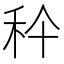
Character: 𥝺